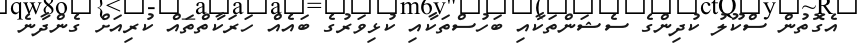
އެގޮތުން ސްކޫލު ކުދިންގެ ސެޝަންތަކާއި ބަހުސްތަކާއި ކުޅިވަރުގެ ބައެއް ހަރަކާތްތައް ކުރިއަށް ގެންދާނެ